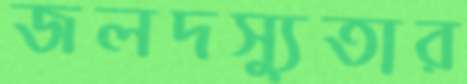
জলদস্যুতার